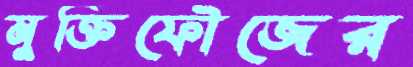
মুক্তিফৌজের